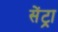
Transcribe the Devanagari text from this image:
सेंट्रा